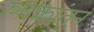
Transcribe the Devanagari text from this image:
रुपकांतून